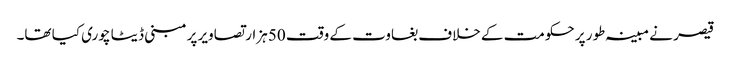
قیصر نے مبینہ طور پر حکومت کے خلاف بغاوت کے وقت 50 ہزار تصاویر پرمبنی ڈیٹا چوری کیا تھا۔